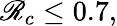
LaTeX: \mathscr{R}_{c}\le0.7,